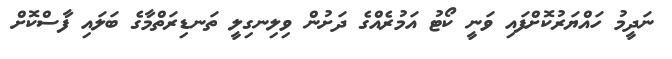
ނަދީމު ހައްޔަރުކޮށްފައި ވަނީ ކޯޓު އަމުރެއްގެ ދަށުން ވިލިނގިލީ ތަނޑިރަތްމާގެ ބަލައި ފާސްކޮށް